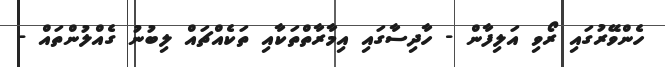
ހެންވޭރުގައި ރޯވި އަލިފާން - ހާދިސާގައި އިމާރާތްތަކާއި ތަކެއްޗައް ލިބުނު ގެއްލުންތައް -